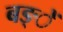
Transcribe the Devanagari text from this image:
बङ्ें